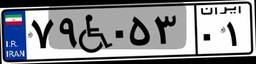
۷۹W۰۵۳۰۱